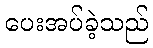
ပေးအပ်ခဲ့သည်